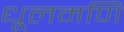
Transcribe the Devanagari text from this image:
धूलमणि